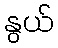
နွယ်